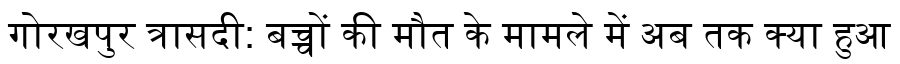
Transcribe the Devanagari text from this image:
गोरखपुर त्रासदी: बच्चों की मौत के मामले में अब तक क्या हुआ